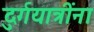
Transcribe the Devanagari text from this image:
दुर्गयात्रींना